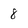
Character: 8